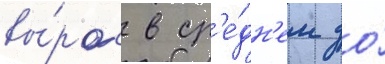
вы́рос в ср'е́дн'ем до́